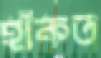
হাঁকত